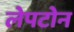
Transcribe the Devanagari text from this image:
लेपटोन